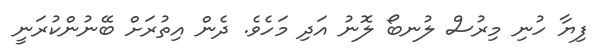
ފިޔާ ހުނި މިރުސް ލުނބޯ ލޮނު އަދި މަހެވެ. ދެން އިތުރަށް ބޭނުންކުރަނީ